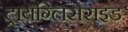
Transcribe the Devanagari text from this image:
ट्रायग्लिसराइड